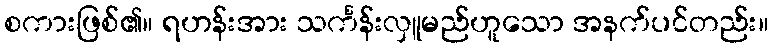
စကားဖြစ်၏။ ရဟန်းအား သင်္ကန်းလှူမည်ဟူသော အနက်ပင်တည်း။